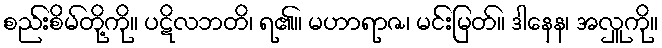
စည်းစိမ်တို့ကို။ ပဋိလဘတိ၊ ရ၏။ မဟာရာဇ၊ မင်းမြတ်။ ဒါနေန၊ အလှူကို။